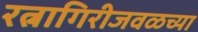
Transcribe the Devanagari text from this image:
रत्नागिरीजवळच्या